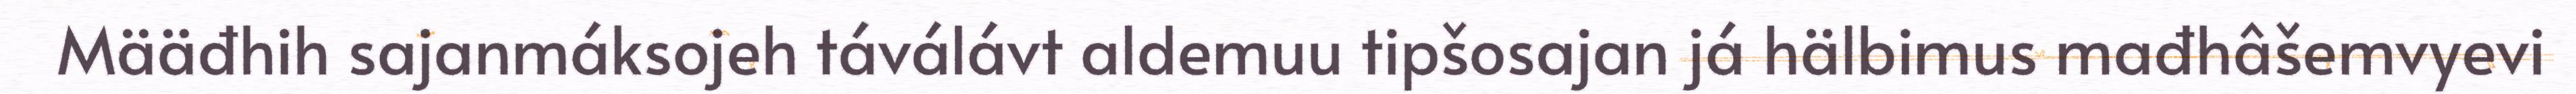
Määđhih sajanmáksojeh táválávt aldemuu tipšosajan já hälbimus mađhâšemvyevi